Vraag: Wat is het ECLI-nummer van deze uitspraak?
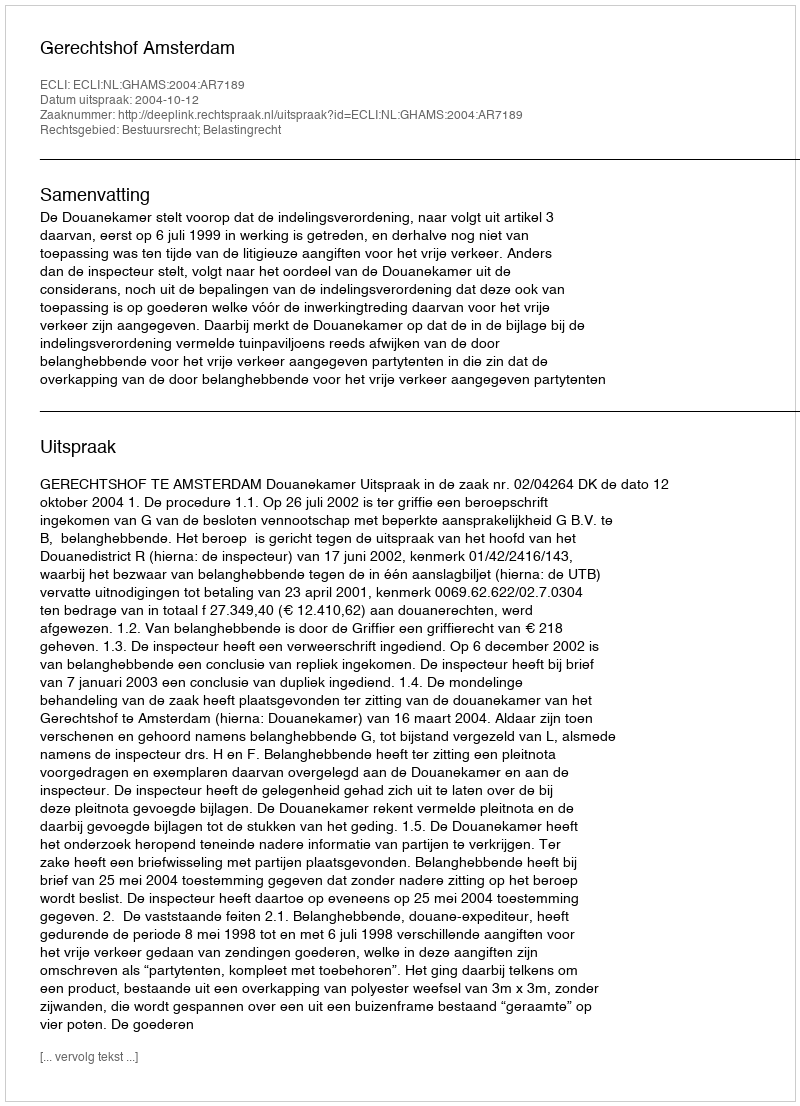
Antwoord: ECLI:NL:GHAMS:2004:AR7189